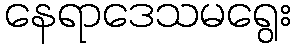
နေရာဒေသမရွေး